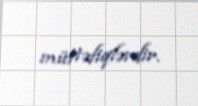
müttəfiqlərdir.